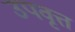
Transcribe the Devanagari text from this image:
उपवृत्त